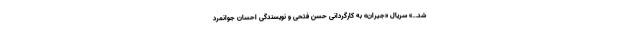
شد…» سریال «جیران» به کارگردانی حسن فتحی و نویسندگی احسان جوانمرد